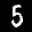
Label: 5